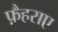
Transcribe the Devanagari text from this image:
फ़ैहराए